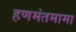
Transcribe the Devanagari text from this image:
हणमंतमामा